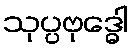
သုပ္ပဗုဒ္ဓေါ